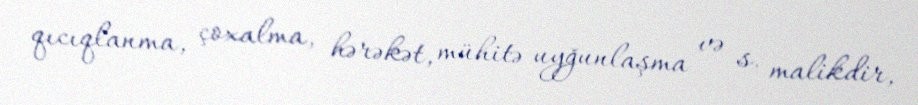
qıcıqlanma, çoxalma, hərəkət, mühitə uyğunlaşma və s. malikdir,